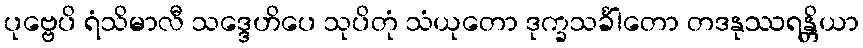
ပုဗ္ဗေပိ ရံသိမာလီ သဒ္ဒေဟိပေ သုပိတုံ သံယုတော ဒုက္ခသင်္ခါတော တဒနုဿရန္တိယာ